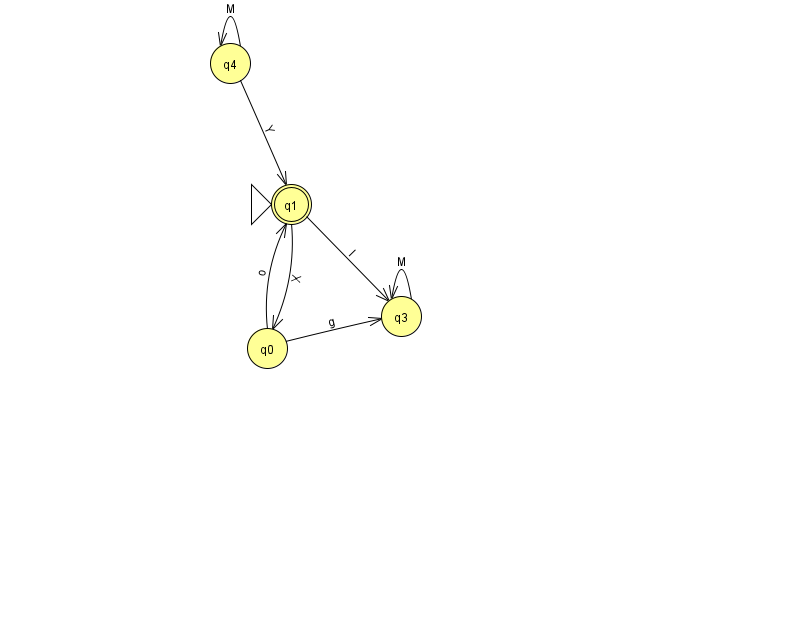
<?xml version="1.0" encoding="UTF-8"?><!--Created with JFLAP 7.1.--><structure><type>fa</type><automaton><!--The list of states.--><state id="0" name="q0"><x>267.0</x><y>335.0</y></state><state id="1" name="q1"><x>291.0</x><y>191.0</y><initial/><final/></state><state id="3" name="q3"><x>401.0</x><y>303.0</y></state><state id="4" name="q4"><x>230.0</x><y>50.0</y></state><!--The list of transitions.--><transition><from>0</from><to>1</to><read>o</read></transition><transition><from>1</from><to>0</to><read>X</read></transition><transition><from>4</from><to>1</to><read>Y</read></transition><transition><from>0</from><to>3</to><read>g</read></transition><transition><from>1</from><to>3</to><read>I</read></transition><transition><from>3</from><to>3</to><read>M</read></transition><transition><from>4</from><to>4</to><read>M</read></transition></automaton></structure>